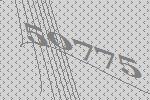
50775